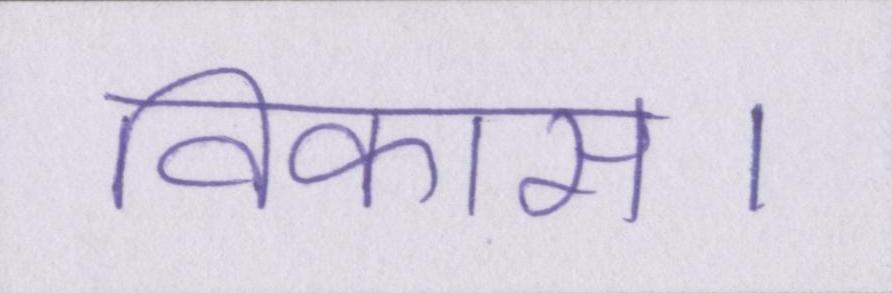
विकास।